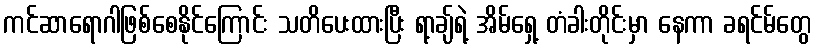
ကင်ဆာရောဂါဖြစ်စေနိုင်ကြောင်း သတိပေးထားပြီး ရာ့ချ်ရဲ့ အိမ်ရှေ့ တံခါးတိုင်းမှာ နေကာ ခရင်မ်တွေ